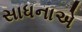
સાધનાએ